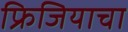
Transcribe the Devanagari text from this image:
फ्रिजियाचा